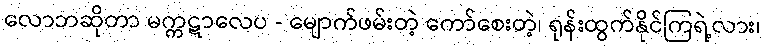
လောဘဆိုတာ မက္ကဋာလေပ - မျောက်ဖမ်းတဲ့ ကော်စေးတဲ့၊ ရုန်းထွက်နိုင်ကြရဲ့လား၊